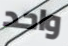
واحد